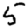
Digit: 5